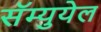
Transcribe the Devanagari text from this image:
सॅम्युयेल